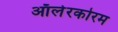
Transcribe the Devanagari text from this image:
ऑलेरकोरम